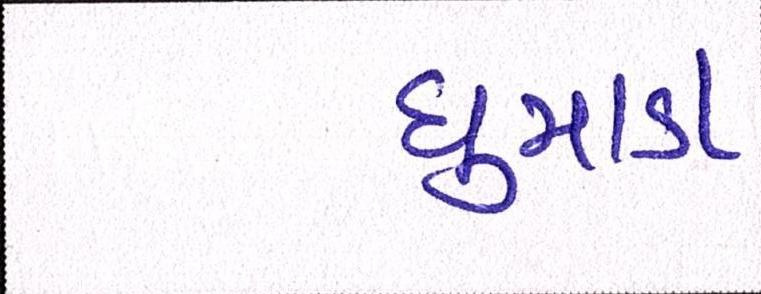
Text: ધુમાડા